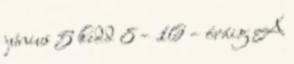
június 5 kedd 8 – 16 – óráig A